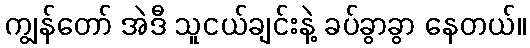
ကျွန်တော် အဲဒီ သူငယ်ချင်းနဲ့ ခပ်ခွာခွာ နေတယ်။